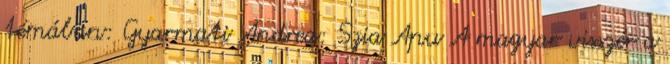
témában: Gyarmati Andrea: Szia Apu A magyar visszér a